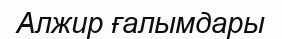
Алжир ғалымдары